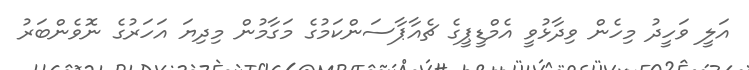
އަލީ ވަހީދު މިހެން ވިދާޅުވީ އެމްޑީޕީގެ ޗެއާޕާސަންކަމުގެ މަގާމުން މިދިޔަ އަހަރުގެ ނޮވެންބަރު